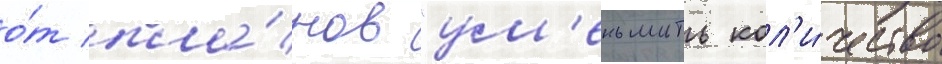
о́т пла́нов "ум'еньшить кол'и́чество